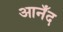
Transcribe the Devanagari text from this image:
आनँद